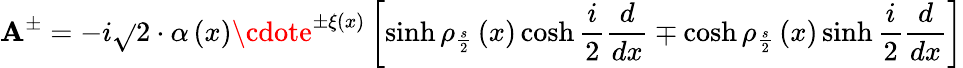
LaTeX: \mathbf{A}^{\pm}=-i\sqrt{}{{2}}\cdot\alpha\left(x\right)\cdote^{\pm\xi\left(x\right)}\left[\sinh\rho_{\frac{{s}}{{2}}}\left(x\right)\cosh\frac{{i}}{{2}}\frac{{d}}{{dx}}\mp\cosh\rho_{\frac{{s}}{{2}}}\left(x\right)\sinh\frac{{i}}{{2}}\frac{{d}}{{dx}}\right]